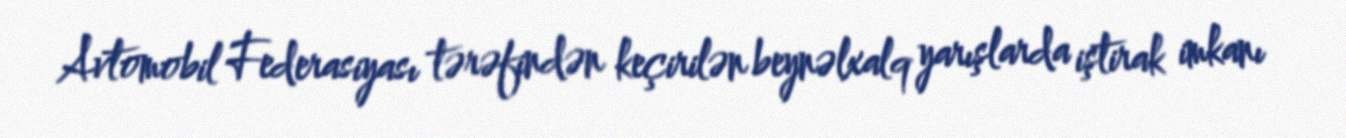
Avtomobil Federasiyası tərəfindən keçirilən beynəlxalq yarışlarda iştirak imkanı